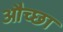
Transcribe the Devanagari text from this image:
औच्छा